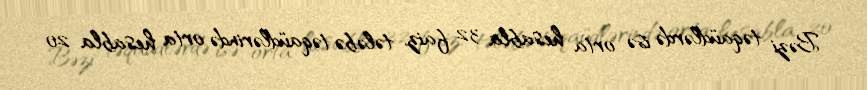
Bəzi təqaüdlərdə isə orta hesabla 32 faiz, tələbə təqaüdlərində orta hesabla 20